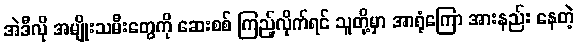
အဲဒီလို အမျိုးသမီးတွေကို ဆေးစစ် ကြည့်လိုက်ရင် သူတို့မှာ အာရုံကြော အားနည်း နေတဲ့